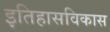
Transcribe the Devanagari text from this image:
इतिहासविकास